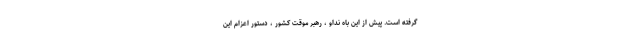
گرفته است. پیش از این باه نداو ، رهبر موقت کشور ، دستور اعزام این